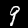
Label: 9